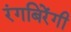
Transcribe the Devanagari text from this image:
रंगबिरेंगी